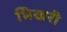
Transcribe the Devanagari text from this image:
भिखरी